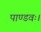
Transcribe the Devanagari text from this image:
पाण्डवः।